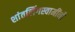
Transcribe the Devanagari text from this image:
शांतलिंगस्वामींनी